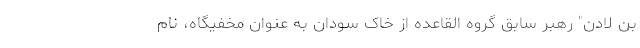
بن لادن" رهبر سابق گروه القاعده از خاک سودان به عنوان مخفیگاه، نام